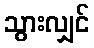
သွားလျှင်